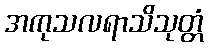
အကုသလရာသိသုတ္တံ